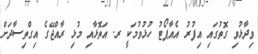
ވިދާޅުވި ގޮތުގައި އިފުރު އެއާޕޯޓު ހުޅުވުމަކީ ރ. އަތޮޅާއި މުޅި ރާއްޖޭގެ އިގްތިސާދަށް